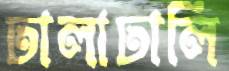
ঢালাঢালি